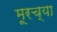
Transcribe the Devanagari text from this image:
मूरच्या